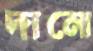
দানো